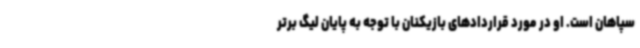
سپاهان است. او در مورد قراردادهای بازیکنان با توجه به پایان لیگ برتر